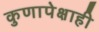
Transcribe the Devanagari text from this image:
कुणापेक्षाही